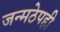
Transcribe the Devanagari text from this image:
जन्मठेपही